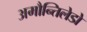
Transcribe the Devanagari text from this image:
अमौन्तिलेडो